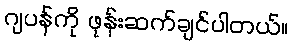
ဂျပန်ကို ဖုန်းဆက်ချင်ပါတယ်။